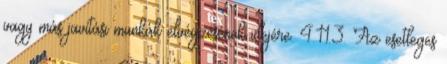
vagy más javítási munkák elvégzésének idejére. 4.11.3. Az esetleges